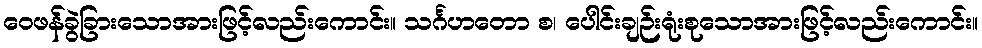
ဝေဖန်ခွဲခြားသောအားဖြင့်လည်းကောင်း။ သင်္ဂဟတော စ၊ ပေါင်းချဉ်းရုံးစုသောအားဖြင့်လည်းကောင်း။